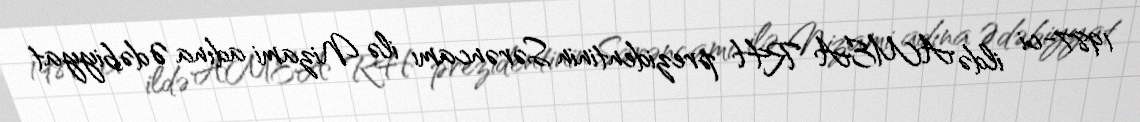
1987-ci ildə AMEA RH prezidentinin Sərəncamı ilə Nizami adına Ədəbiyyat